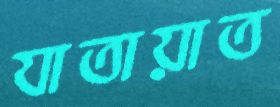
যাতায়াত